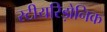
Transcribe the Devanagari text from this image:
स्टीयरिड़ोनिक